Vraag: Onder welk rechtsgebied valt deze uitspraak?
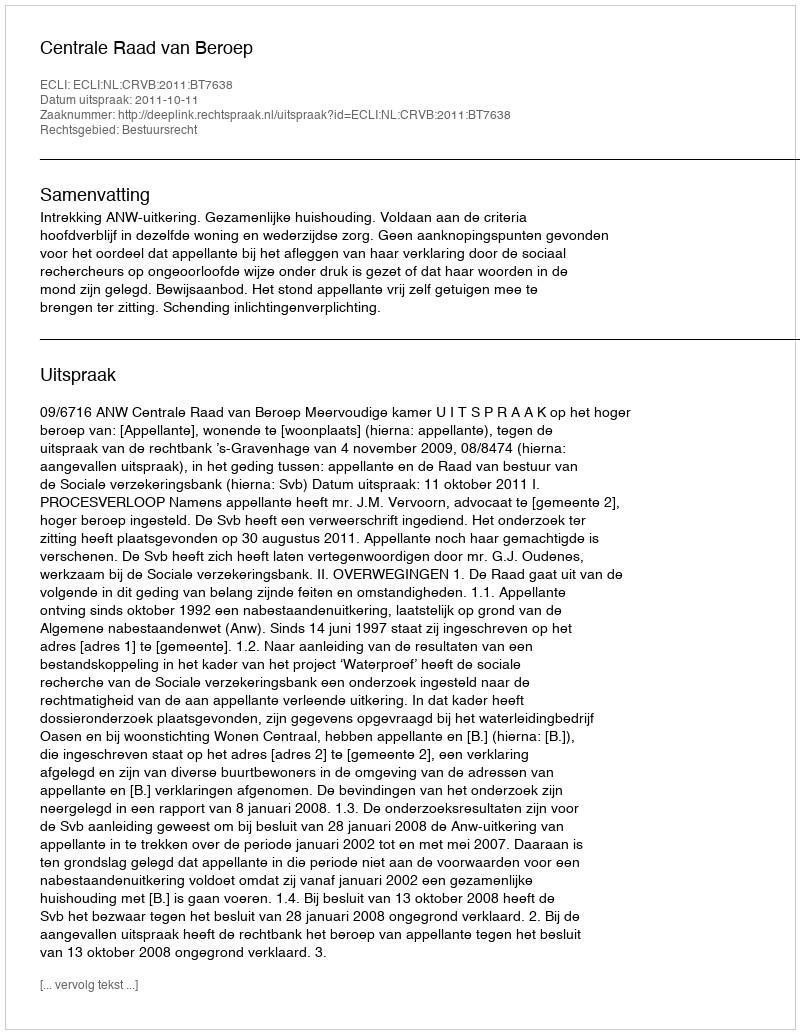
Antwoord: Bestuursrecht